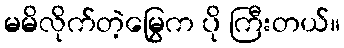
မမိလိုက်တဲ့မြွေက ပို ကြီးတယ်။